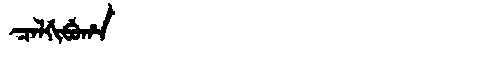
Manchu: ᠴᠠᠯᡤᡳᠪᡠᡥᠠ
Romanization: CALGIBUHA